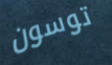
توسون